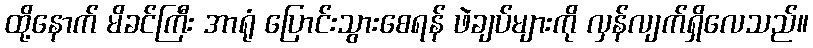
ထို့နောက် မိခင်ကြီး အာရုံ ပြောင်းသွားစေရန် ဖဲချပ်များကို လှန်လျက်ရှိလေသည်။